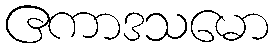
ဧကာဒသမော